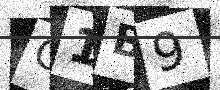
Text: G1B9